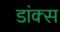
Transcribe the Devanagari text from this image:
डांक्स